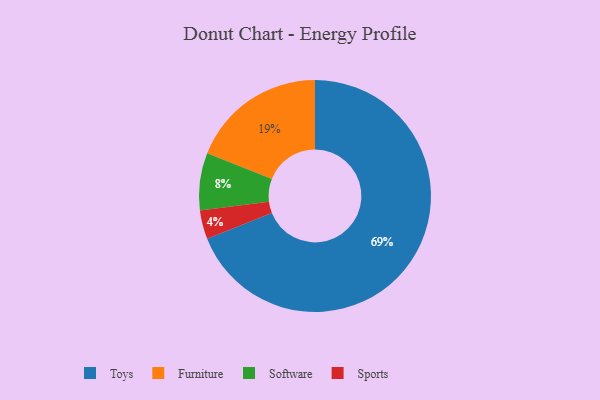
{"axis": {"x": "Category", "y": "Percentage"}, "legend": ["Furniture", "Software", "Sports", "Toys"], "data": [{"x": "Toys", "y": 69, "type": "Toys"}, {"x": "Furniture", "y": 19, "type": "Furniture"}, {"x": "Software", "y": 8, "type": "Software"}, {"x": "Sports", "y": 4, "type": "Sports"}]}